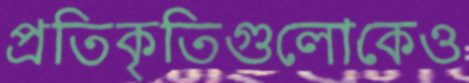
প্রতিকৃতিগুলোকেও